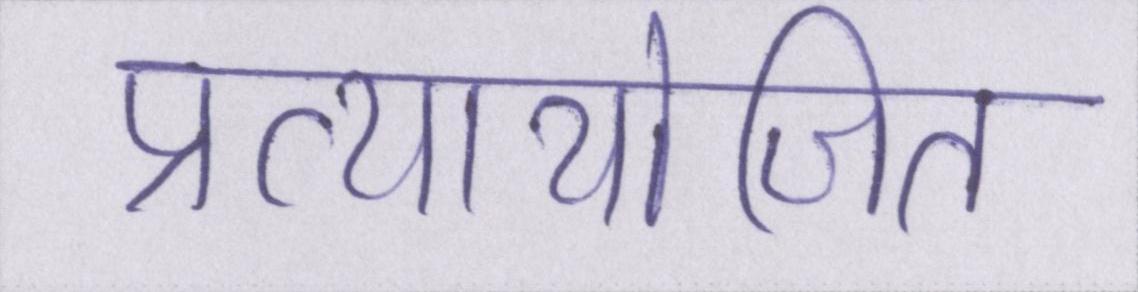
प्रत्यायोजित